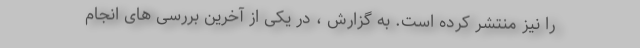
را نیز منتشر کرده است. به گزارش ، در یکی از آخرین بررسی های انجام